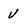
Character: v